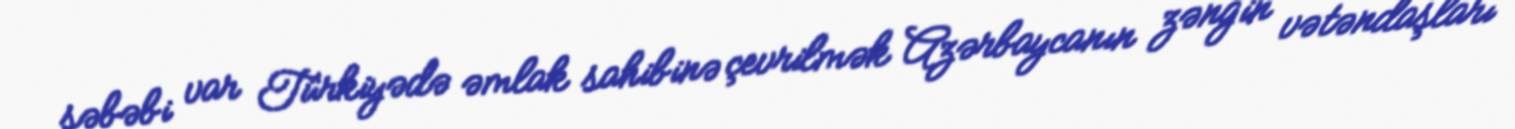
səbəbi var Türkiyədə əmlak sahibinə çevrilmək Azərbaycanın zəngin vətəndaşları